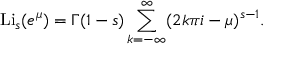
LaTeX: \operatorname { L i } _ { s } ( e ^ { \mu } ) = \Gamma ( 1 - s ) \sum _ { k = - \infty } ^ { \infty } ( 2 k \pi i - \mu ) ^ { s - 1 } .